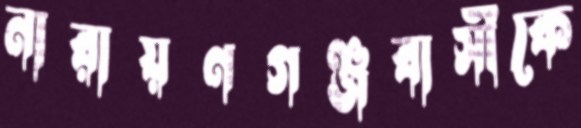
নারায়ণগঞ্জবাসীকে